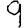
Digit: 9